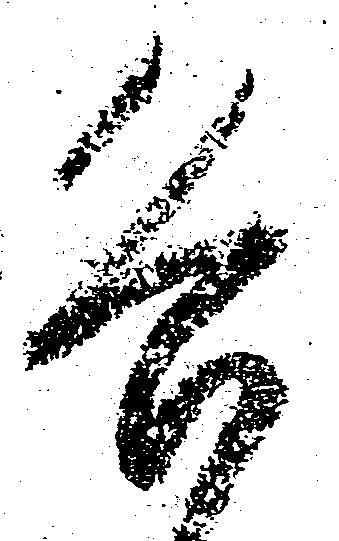
各